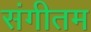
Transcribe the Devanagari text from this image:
संगीतम